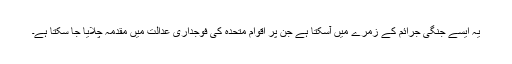
یہ ایسے جنگی جرائم کے زمرے میں آسکتا ہے جن پر اقوام متحدہ کی فوجداری عدالت میں مقدّمہ چلایا جا سکتا ہے۔